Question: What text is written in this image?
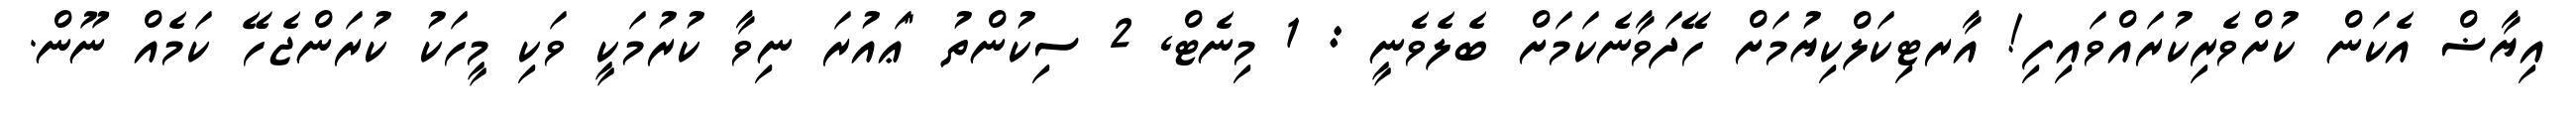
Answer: އިޔާޟް އެކަން ކުށްވެރިކުރައްވައިފި! އާރޓިކަލްކިޔުމަށް ހޭދަވާނެކަމަށް ބެލެވެނީ : 1 މިނެޓް, 2 ސިކުންތު "ޢައުރަ ނިވާ ކުރުމަކީ ވަކި މީހަކު ކުރަންޖެހޭ ކަމެއް ނޫން.